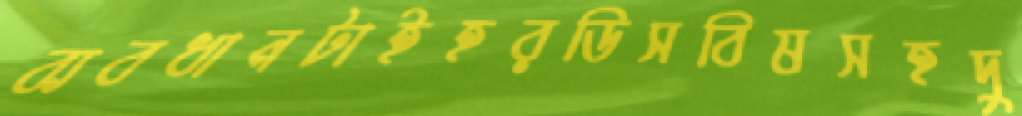
ব্যবধানটাইহরডিসবিষসহদু